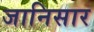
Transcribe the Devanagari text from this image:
जानिसार